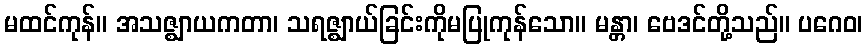
မထင်ကုန်။ အသဇ္ဈာယကတာ၊ သရဇ္ဈာယ်ခြင်းကိုမပြုကုန်သော။ မန္တာ၊ ဗေဒင်တို့သည်။ ပဂေဝ၊